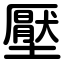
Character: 壓